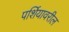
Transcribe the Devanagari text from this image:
पर्शियावरील